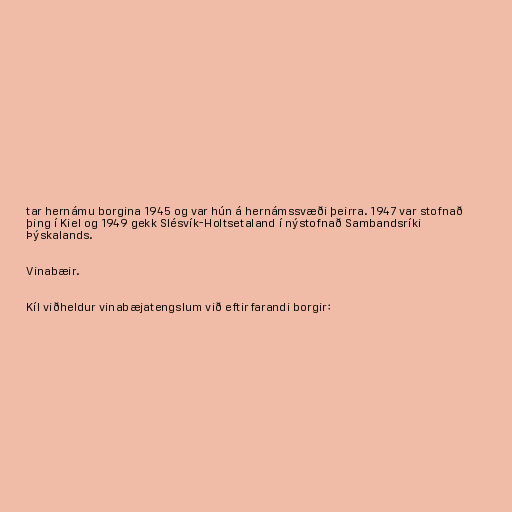
tar hernámu borgina 1945 og var hún á hernámssvæði þeirra. 1947 var stofnað
þing í Kiel og 1949 gekk Slésvík-Holtsetaland í nýstofnað Sambandsríki
Þýskalands.

Vinabæir.

Kíl viðheldur vinabæjatengslum við eftirfarandi borgir: